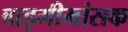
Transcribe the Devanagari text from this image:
वाड़मीमांसक